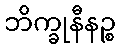
ဘိက္ခုနီနဉ္စ